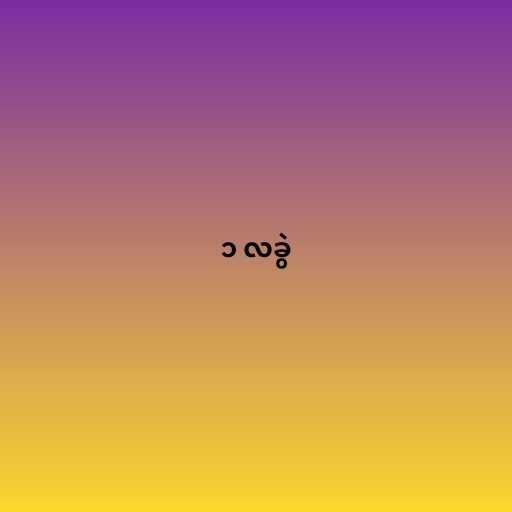
၁ လခွဲ